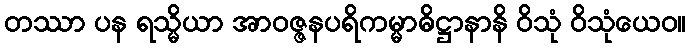
တဿာ ပန ရသ္မိယာ အာဝဇ္ဇနပရိကမ္မာဓိဋ္ဌာနာနိ ဝိသုံ ဝိသုံယေဝ။